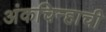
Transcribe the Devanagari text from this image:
अंकचिन्हाची